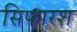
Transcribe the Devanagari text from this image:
सिफारश